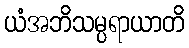
ယံအဘိသမ္ပရာယာတိ